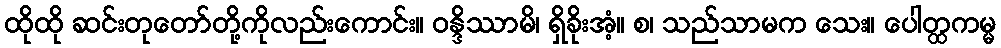
ထိုထို ဆင်းတုတော်တို့ကိုလည်းကောင်း။ ဝန္ဒိဿာမိ၊ ရှိခိုးအံ့။ စ၊ သည်သာမက သေး။ ပေါတ္ထကမ္မ